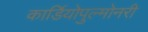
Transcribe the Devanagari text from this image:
कार्डियोपुल्मोनरी